Lunatic asylums Central Provinces reports 1895-1909 - 1895-1909
Year: 1895
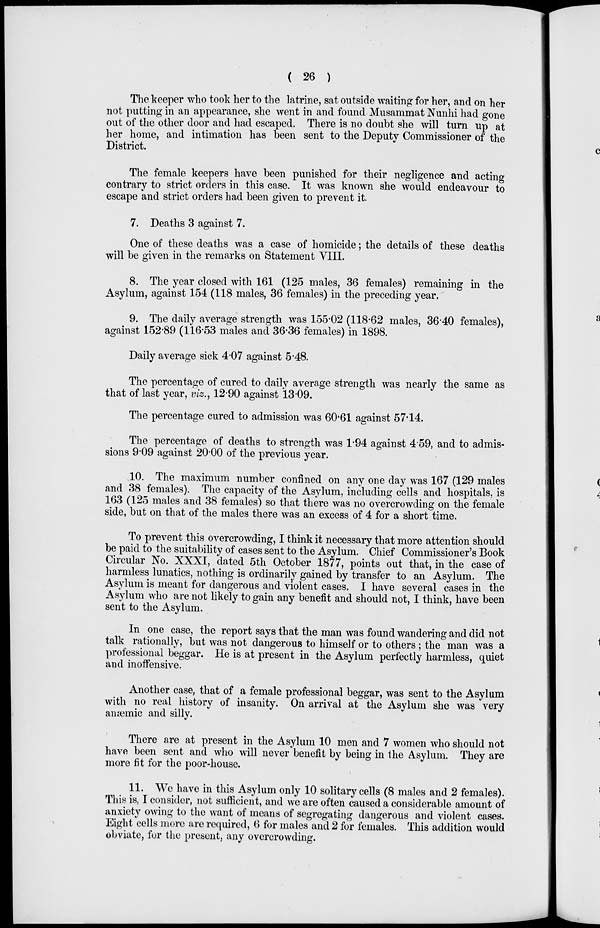
( 26 )
The keeper who took her to the latrine, sat outside waiting for her, and on her
not putting in an appearance, she went in and found Musammat Nunhi had gone
out of the other door and had escaped. There is no doubt she will turn up at
her home, and intimation has been sent to the Deputy Commissioner of the
District.
The female keepers have been punished for their negligence and acting
contrary to strict orders in this case. It was known she would endeavour to
escape and strict orders had been given to prevent it.
7. Deaths 3 against 7.
One of these deaths was a case of homicide; the details of these deaths
will be given in the remarks on Statement VIII.
8. The year closed with 161 (125 males, 36 females) remaining in the
Asylum, against 154 (118 males, 36 females) in the preceding year.
9. The daily average strength was 155.02 (118.62 males, 36.40 females),
against 152.89 (116.53 males and 36.36 females) in 1898.
Daily average sick 4.07 against 5.48.
The percentage of cured to daily average strength was nearly the same as
that of last year, viz., 12.90 against 13.09.
The percentage cured to admission was 60.61 against 57.14.
The percentage of deaths to strength was 1.94 against 4.59, and to admis-
sions 9.09 against 20.00 of the previous year.
10. The maximum number confined on any one day was 167 (129 males
and 38 females). The capacity of the Asylum, including cells and hospitals, is
163 (125 males and 38 females) so that there was no overcrowding on the female
side, but on that of the males there was an excess of 4 for a short time.
To prevent this overcrowding, I think it necessary that more attention should
be paid to the suitability of cases sent to the Asylum. Chief Commissioner's Book
Circular No. XXXI, dated 5th October 1877, points out that, in the case of
harmless lunatics, nothing is ordinarily gained by transfer to an Asylum. The
Asylum is meant for dangerous and violent cases. I have several cases in the
Asylum who are not likely to gain any benefit and should not, I think, have been
sent to the Asylum.
In one case, the report says that the man was found wandering and did not
talk rationally, but was not dangerous to himself or to others ; the man was a
professional beggar. He is at present in the Asylum perfectly harmless, quiet
and inoffensive.
Another case, that of a female professional beggar, was sent to the Asylum
with no real history of insanity. On arrival at the Asylum she was very
anæmic and silly.
There are at present in the Asylum 10 men and 7 women who should not
have been sent and who will never benefit by being in the Asylum. They are
more fit for the poor-house.
11. We have in this Asylum only 10 solitary cells (8 males and 2 females).
This is, I consider, not sufficient, and we are often caused a considerable amount of
anxiety owing to the want of means of segregating dangerous and violent cases.
Eight cells more are required, 6 for males and 2 for females. This addition would
obviate, for the present, any overcrowding.